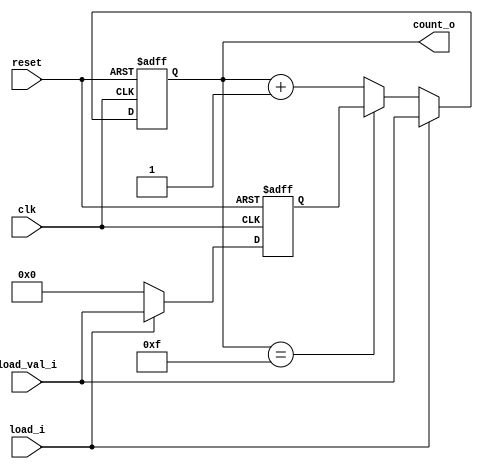
// Counter with a load
module day10 (
  input     wire          clk,
  input     wire          reset,
  input     wire          load_i,
  input     wire[3:0]     load_val_i,
  output    wire[3:0]     count_o
);
  
  reg [3:0]load_ff;
  reg [3:0]cnt_ff;
  wire [3:0]nxt_cnt;
  
  always@(posedge clk or posedge reset) begin
    if(reset)
      load_ff <= 4'h0;
    else if(load_i) 
      load_ff <= load_val_i;
    else 
      load_ff <= 4'h0;
  end
  
  always@(posedge clk or posedge reset) begin
    if(reset)
      cnt_ff <= 4'h0;
    else 
      cnt_ff <= nxt_cnt;
  end
  
  assign nxt_cnt = load_i ? load_val_i : 
            (cnt_ff == 4'hF) ? load_ff : 
                         cnt_ff + 4'h1 ; 
  assign count_o = cnt_ff; 
  
endmodule